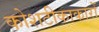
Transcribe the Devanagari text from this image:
कोशटीकाकारों